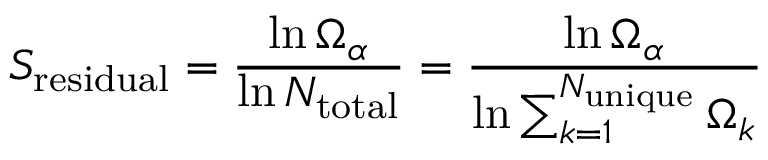
S _ { \mathrm { r e s i d u a l } } = \frac { \ln { \Omega _ { \alpha } } } { \ln { N _ { \mathrm { t o t a l } } } } = \frac { \ln { \Omega _ { \alpha } } } { \ln { \sum _ { k = 1 } ^ { N _ { \mathrm { u n i q u e } } } \Omega _ { k } } }